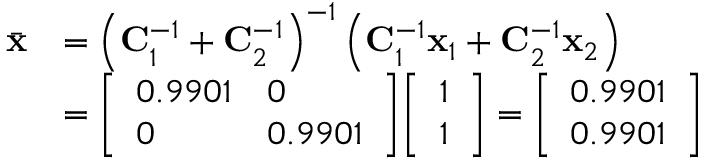
{ \begin{array} { r l } { { \bar { \mathbf { x } } } } & { = \left( \mathbf { C } _ { 1 } ^ { - 1 } + \mathbf { C } _ { 2 } ^ { - 1 } \right) ^ { - 1 } \left( \mathbf { C } _ { 1 } ^ { - 1 } \mathbf { x } _ { 1 } + \mathbf { C } _ { 2 } ^ { - 1 } \mathbf { x } _ { 2 } \right) } \\ & { = { \left[ \begin{array} { l l } { 0 . 9 9 0 1 } & { 0 } \\ { 0 } & { 0 . 9 9 0 1 } \end{array} \right] } { \left[ \begin{array} { l } { 1 } \\ { 1 } \end{array} \right] } = { \left[ \begin{array} { l } { 0 . 9 9 0 1 } \\ { 0 . 9 9 0 1 } \end{array} \right] } } \end{array} }